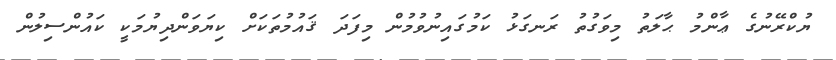
ޔުކްރޭނުގެ ޢާންމު ޙާލަތު މިވަގުތު ރަނގަޅު ކަމުގައިނުވުމުން މިފަދަ ޤައުމުތަކަށް ކިޔަވަންދިޔުމަކީ ކައުންސިލުން